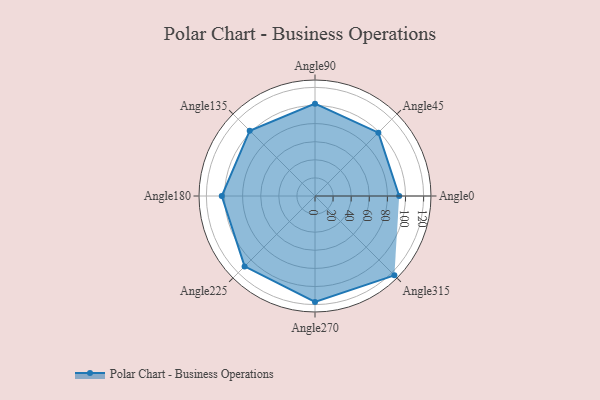
{"axis": {"x": "Angle", "y": "Radius"}, "legend": [""], "data": [{"x": "Angle0", "y": 93.0, "type": ""}, {"x": "Angle45", "y": 99.0, "type": ""}, {"x": "Angle90", "y": 102.0, "type": ""}, {"x": "Angle135", "y": 102.0, "type": ""}, {"x": "Angle180", "y": 103.0, "type": ""}, {"x": "Angle225", "y": 110.0, "type": ""}, {"x": "Angle270", "y": 117.0, "type": ""}, {"x": "Angle315", "y": 124.0, "type": ""}]}